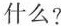
什么?